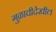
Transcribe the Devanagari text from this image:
गुळाचीदेखील